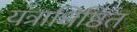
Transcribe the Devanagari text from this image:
यंत्राधिष्ठित